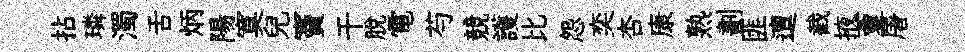
拈璘濁舌炳陽寞兒竇干脫電芍競護比怨奕杏康熟劃匪邅截掖藑屠